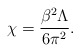
\begin{align*}\chi=\frac{\beta^{2} \Lambda}{6 \pi^{2}}.\end{align*}